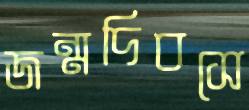
জন্মদিবসে